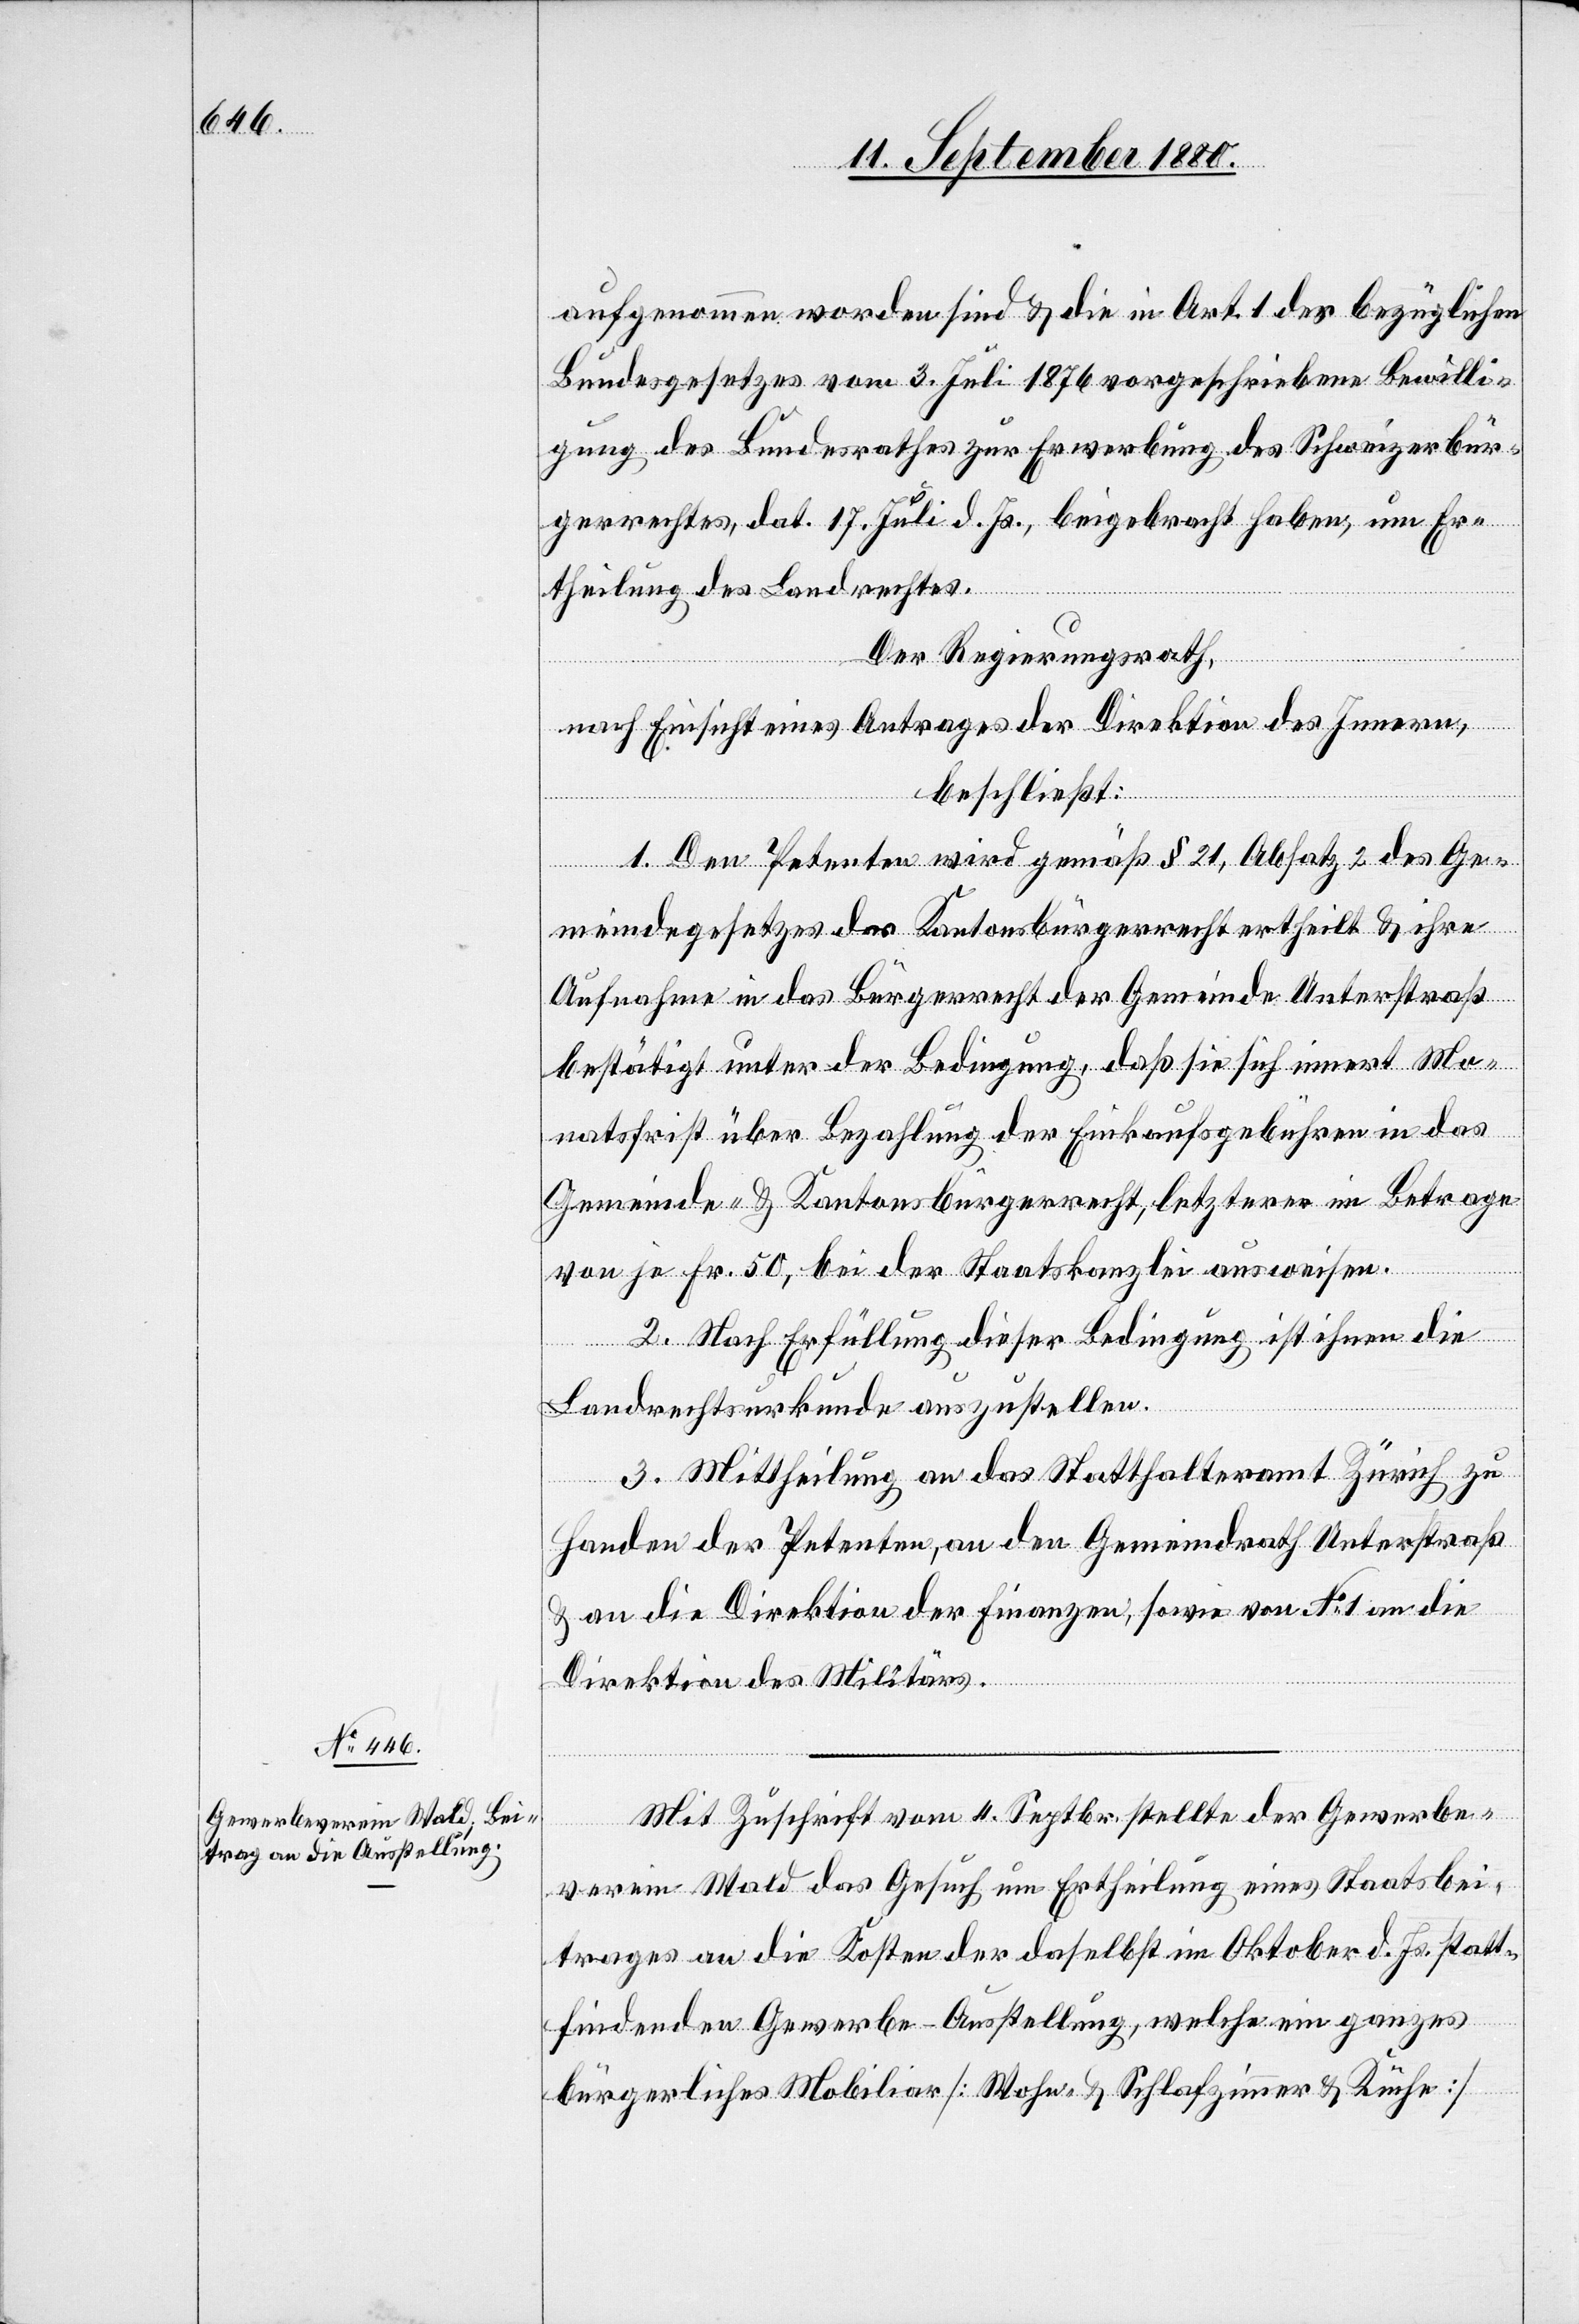
aufgenommen worden sind & die in Art. 1 des bezüglichen
Bundesgesetzes vom 3. Juli 1876 vorgeschriebenen Bewilli¬
gung des Bundesrathes zur Erwerbung des Schweizerbür¬
gerrechtes, dat. 17. Juli d. Js., beigebracht haben, um Er¬
theilung des Landrechtes.
Der Regierungsrath,
nach Einsicht eines Antrages der Direktion des Innern,
beschließt:
1. Den Petenten wird gemäß § 21, Absatz 2 des Ge¬
meindegesetzes das Kantonsbürgerrecht ertheilt & ihre
Aufnahme in das Bürgerrecht der Gemeinde Unterstraß
bestätigt unter der Bedingung, daß sie sich innert Mo¬
natsfrist über Bezahlung der Einkaufsgebühren in das
Gemeinde- & Kantonsbürgerrecht, letzteres im Betrage
von je Fr. 50, bei der Staatskanzlei ausweisen.
2. Nach Erfüllung dieser Bedingung ist ihnen die
Landrechtsurkunde auszustellen.
3. Mittheilung an das Statthalteramt Zürich zu
Handen der Petenten, an den Gemeindrath Unterstraß
& an Direktion der Finanzen, sowie von No 1 an die
Direktion des Militärs.
Mit Zuschrift vom 4. Septbr. stellte der Gewerbe¬
verein Wald das Gesuch um Ertheilung eines Staatsbei¬
trages an die Kosten der daselbst im Oktober d. Js. statt¬
findenden Gewerbe-Ausstellung, welche ein ganzes
bürgerliches Mobiliar [Wohn- & Schlafzimmer & Küche]